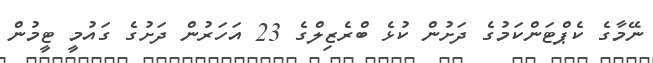
ނޭމާގެ ކެޕްޓަންކަމުގެ ދަށުން ކުޅެ ބްރެޒިލްގެ 23 އަހަރުން ދަށުގެ ގައުމީ ޓީމުން